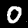
Digit: 0